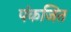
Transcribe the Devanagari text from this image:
पंकजित